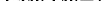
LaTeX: \smash{\{ \vec{q}_{m}^{\prime}\} _{m=1}^{M}}